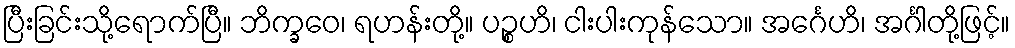
ပြီးခြင်းသို့ရောက်ပြီ။ ဘိက္ခဝေ၊ ရဟန်းတို့။ ပဉ္စဟိ၊ ငါးပါးကုန်သော။ အင်္ဂေဟိ၊ အင်္ဂါတို့ဖြင့်။